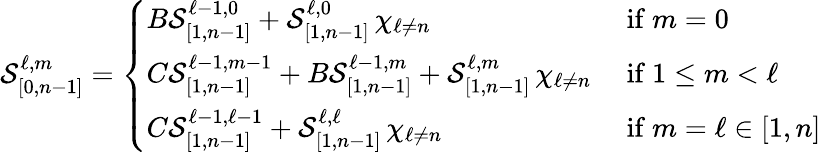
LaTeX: \mathcal{S}_{[0,n-1]}^{\ell,m}=\left\{ \begin{array}{ll}{B\mathcal{S}_{[1,n-1]}^{\ell-1,0}+\mathcal{S}_{[1,n-1]}^{\ell,0}\, \chi_{\ell\neq n}}&{\mathrm{~if~}m=0}\\ {C\mathcal{S}_{[1,n-1]}^{\ell-1,m-1}+B\mathcal{S}_{[1,n-1]}^{\ell-1,m}+\mathcal{S}_{[1,n-1]}^{\ell,m}\, \chi_{\ell\neq n}}&{\mathrm{~if~}1\leq m<\ell}\\ {C\mathcal{S}_{[1,n-1]}^{\ell-1,\ell-1}+\mathcal{S}_{[1,n-1]}^{\ell,\ell}\, \chi_{\ell\neq n}}&{\mathrm{~if~}m=\ell\in[1,n]}\end{array}\right.